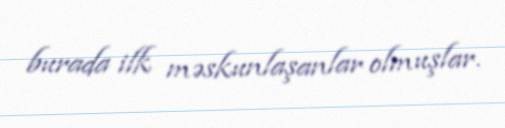
burada ilk məskunlaşanlar olmuşlar.